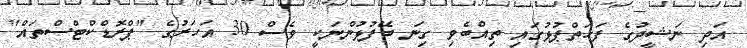
އަދި ނަޝީދުގެ ފަހަތްޕުޅުގައި ތިއްބެވި ގިނަ ބޭފުޅުންނަކީ ވެސް 30 އަހަރުގެ "ޕްރޮޑްކްޓްސްތައް"